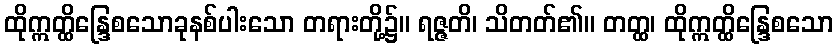
ထိုဣတ္ထိန္ဒြေစသောခုနစ်ပါးသော တရားတို့၌။ ရဇ္ဇတိ၊ သိတတ်၏။ တတ္ထ၊ ထိုဣတ္ထိန္ဒြေစသော